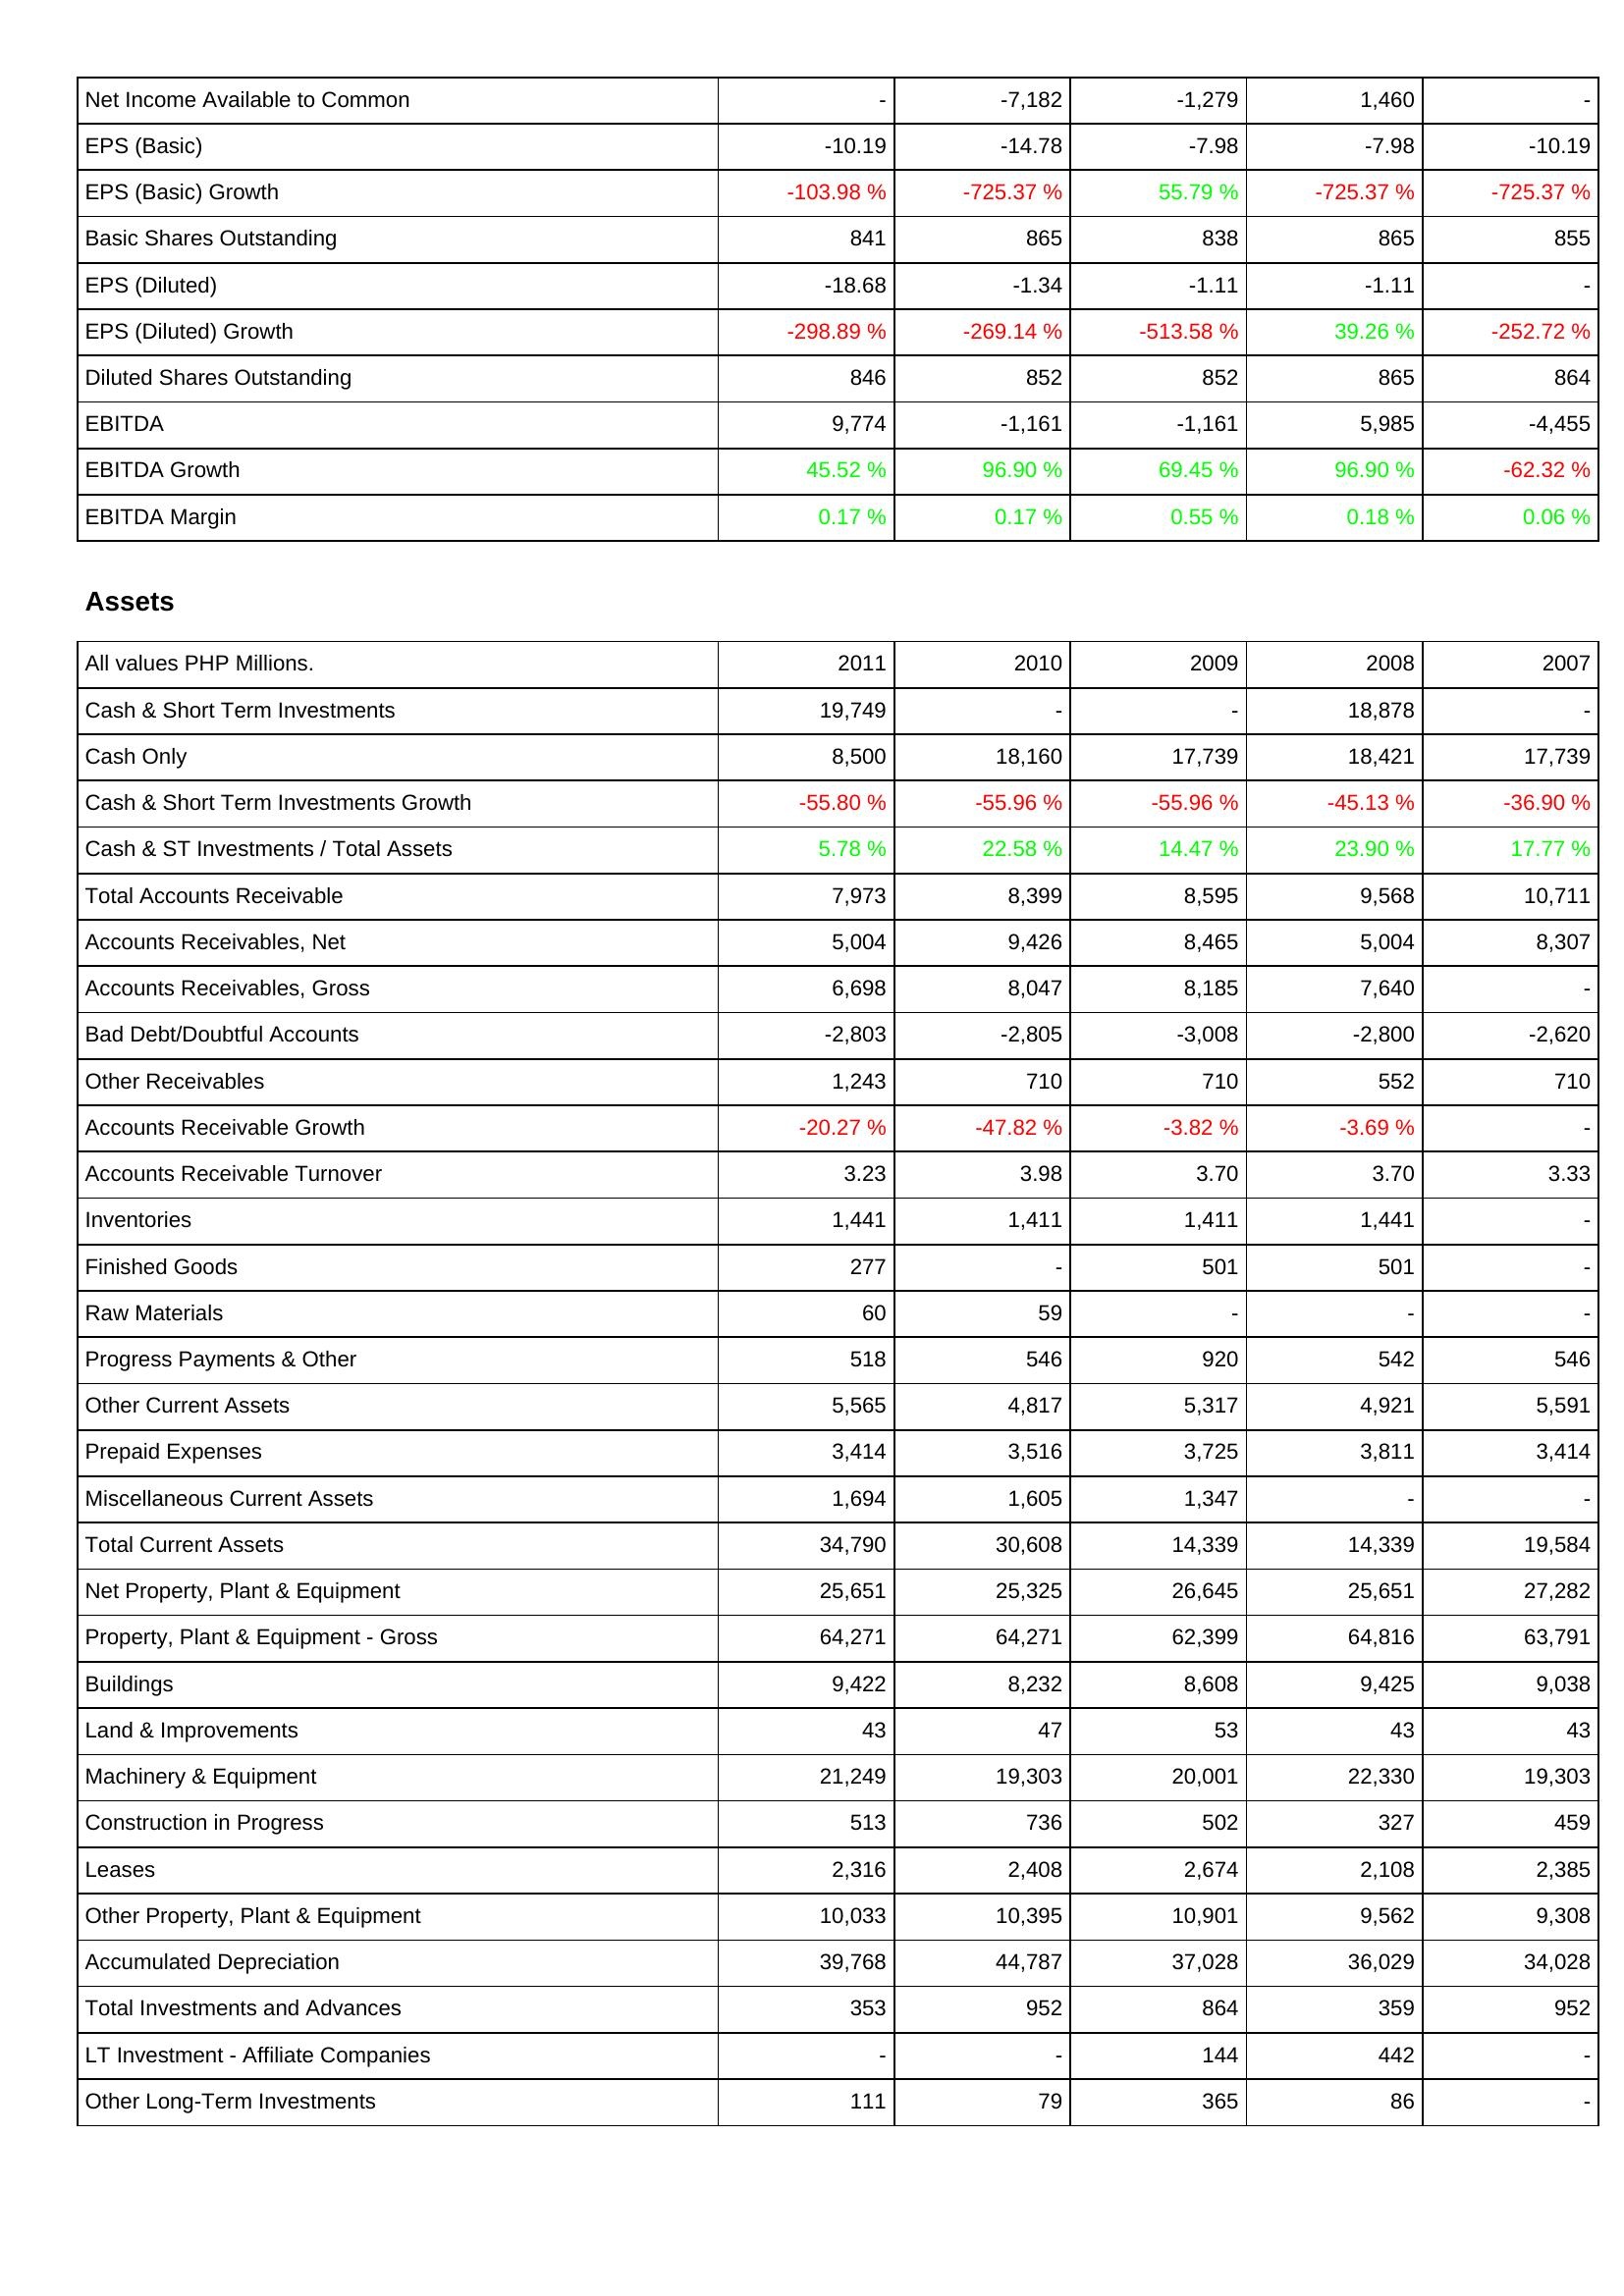
2011: Income Statement: Net Income Available to Common: -
EPS (Basic): -10.19
EPS (Basic) Growth: -103.98 %
Basic Shares Outstanding: 841
EPS (Diluted): -18.68
EPS (Diluted) Growth: -298.89 %
Diluted Shares Outstanding: 846
EBITDA: 9,774
EBITDA Growth: 45.52 %
EBITDA Margin: 0.17 %
Assets: Cash & Short Term Investments: 19,749
Cash Only: 8,500
Cash & Short Term Investments Growth: -55.80 %
Cash & ST Investments / Total Assets: 5.78 %
Total Accounts Receivable: 7,973
Accounts Receivables, Net: 5,004
Accounts Receivables, Gross: 6,698
Bad Debt/Doubtful Accounts: -2,803
Other Receivables: 1,243
Accounts Receivable Growth: -20.27 %
Accounts Receivable Turnover: 3.23
Inventories: 1,441
Finished Goods: 277
Raw Materials: 60
Progress Payments & Other: 518
Other Current Assets: 5,565
Prepaid Expenses: 3,414
Miscellaneous Current Assets: 1,694
Total Current Assets: 34,790
Net Property, Plant & Equipment: 25,651
Property, Plant & Equipment - Gross: 64,271
Buildings: 9,422
Land & Improvements: 43
Machinery & Equipment: 21,249
Construction in Progress: 513
Leases: 2,316
Other Property, Plant & Equipment: 10,033
Accumulated Depreciation: 39,768
Total Investments and Advances: 353
LT Investment - Affiliate Companies: -
Other Long-Term Investments: 111
2010: Income Statement: Net Income Available to Common: -7,182
EPS (Basic): -14.78
EPS (Basic) Growth: -725.37 %
Basic Shares Outstanding: 865
EPS (Diluted): -1.34
EPS (Diluted) Growth: -269.14 %
Diluted Shares Outstanding: 852
EBITDA: -1,161
EBITDA Growth: 96.90 %
EBITDA Margin: 0.17 %
Assets: Cash & Short Term Investments: -
Cash Only: 18,160
Cash & Short Term Investments Growth: -55.96 %
Cash & ST Investments / Total Assets: 22.58 %
Total Accounts Receivable: 8,399
Accounts Receivables, Net: 9,426
Accounts Receivables, Gross: 8,047
Bad Debt/Doubtful Accounts: -2,805
Other Receivables: 710
Accounts Receivable Growth: -47.82 %
Accounts Receivable Turnover: 3.98
Inventories: 1,411
Finished Goods: -
Raw Materials: 59
Progress Payments & Other: 546
Other Current Assets: 4,817
Prepaid Expenses: 3,516
Miscellaneous Current Assets: 1,605
Total Current Assets: 30,608
Net Property, Plant & Equipment: 25,325
Property, Plant & Equipment - Gross: 64,271
Buildings: 8,232
Land & Improvements: 47
Machinery & Equipment: 19,303
Construction in Progress: 736
Leases: 2,408
Other Property, Plant & Equipment: 10,395
Accumulated Depreciation: 44,787
Total Investments and Advances: 952
LT Investment - Affiliate Companies: -
Other Long-Term Investments: 79
2009: Income Statement: Net Income Available to Common: -1,279
EPS (Basic): -7.98
EPS (Basic) Growth: 55.79 %
Basic Shares Outstanding: 838
EPS (Diluted): -1.11
EPS (Diluted) Growth: -513.58 %
Diluted Shares Outstanding: 852
EBITDA: -1,161
EBITDA Growth: 69.45 %
EBITDA Margin: 0.55 %
Assets: Cash & Short Term Investments: -
Cash Only: 17,739
Cash & Short Term Investments Growth: -55.96 %
Cash & ST Investments / Total Assets: 14.47 %
Total Accounts Receivable: 8,595
Accounts Receivables, Net: 8,465
Accounts Receivables, Gross: 8,185
Bad Debt/Doubtful Accounts: -3,008
Other Receivables: 710
Accounts Receivable Growth: -3.82 %
Accounts Receivable Turnover: 3.70
Inventories: 1,411
Finished Goods: 501
Raw Materials: -
Progress Payments & Other: 920
Other Current Assets: 5,317
Prepaid Expenses: 3,725
Miscellaneous Current Assets: 1,347
Total Current Assets: 14,339
Net Property, Plant & Equipment: 26,645
Property, Plant & Equipment - Gross: 62,399
Buildings: 8,608
Land & Improvements: 53
Machinery & Equipment: 20,001
Construction in Progress: 502
Leases: 2,674
Other Property, Plant & Equipment: 10,901
Accumulated Depreciation: 37,028
Total Investments and Advances: 864
LT Investment - Affiliate Companies: 144
Other Long-Term Investments: 365
2008: Income Statement: Net Income Available to Common: 1,460
EPS (Basic): -7.98
EPS (Basic) Growth: -725.37 %
Basic Shares Outstanding: 865
EPS (Diluted): -1.11
EPS (Diluted) Growth: 39.26 %
Diluted Shares Outstanding: 865
EBITDA: 5,985
EBITDA Growth: 96.90 %
EBITDA Margin: 0.18 %
Assets: Cash & Short Term Investments: 18,878
Cash Only: 18,421
Cash & Short Term Investments Growth: -45.13 %
Cash & ST Investments / Total Assets: 23.90 %
Total Accounts Receivable: 9,568
Accounts Receivables, Net: 5,004
Accounts Receivables, Gross: 7,640
Bad Debt/Doubtful Accounts: -2,800
Other Receivables: 552
Accounts Receivable Growth: -3.69 %
Accounts Receivable Turnover: 3.70
Inventories: 1,441
Finished Goods: 501
Raw Materials: -
Progress Payments & Other: 542
Other Current Assets: 4,921
Prepaid Expenses: 3,811
Miscellaneous Current Assets: -
Total Current Assets: 14,339
Net Property, Plant & Equipment: 25,651
Property, Plant & Equipment - Gross: 64,816
Buildings: 9,425
Land & Improvements: 43
Machinery & Equipment: 22,330
Construction in Progress: 327
Leases: 2,108
Other Property, Plant & Equipment: 9,562
Accumulated Depreciation: 36,029
Total Investments and Advances: 359
LT Investment - Affiliate Companies: 442
Other Long-Term Investments: 86
2007: Income Statement: Net Income Available to Common: -
EPS (Basic): -10.19
EPS (Basic) Growth: -725.37 %
Basic Shares Outstanding: 855
EPS (Diluted): -
EPS (Diluted) Growth: -252.72 %
Diluted Shares Outstanding: 864
EBITDA: -4,455
EBITDA Growth: -62.32 %
EBITDA Margin: 0.06 %
Assets: Cash & Short Term Investments: -
Cash Only: 17,739
Cash & Short Term Investments Growth: -36.90 %
Cash & ST Investments / Total Assets: 17.77 %
Total Accounts Receivable: 10,711
Accounts Receivables, Net: 8,307
Accounts Receivables, Gross: -
Bad Debt/Doubtful Accounts: -2,620
Other Receivables: 710
Accounts Receivable Growth: -
Accounts Receivable Turnover: 3.33
Inventories: -
Finished Goods: -
Raw Materials: -
Progress Payments & Other: 546
Other Current Assets: 5,591
Prepaid Expenses: 3,414
Miscellaneous Current Assets: -
Total Current Assets: 19,584
Net Property, Plant & Equipment: 27,282
Property, Plant & Equipment - Gross: 63,791
Buildings: 9,038
Land & Improvements: 43
Machinery & Equipment: 19,303
Construction in Progress: 459
Leases: 2,385
Other Property, Plant & Equipment: 9,308
Accumulated Depreciation: 34,028
Total Investments and Advances: 952
LT Investment - Affiliate Companies: -
Other Long-Term Investments: -